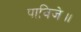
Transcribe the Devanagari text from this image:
पाविजे॥